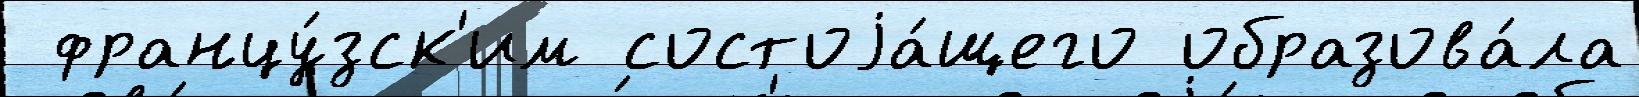
 францу́зск'им состоjа́щего образова́ла